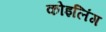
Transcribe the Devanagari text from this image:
कोइलिंग